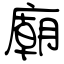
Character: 廟